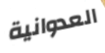
العدوانية